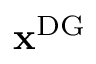
\mathbf { x } ^ { \mathrm { { D G } } }